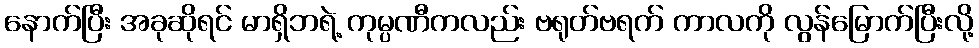
နောက်ပြီး အခုဆိုရင် မာရှိဘရဲ့ ကုမ္ပဏီကလည်း ဗရုတ်ဗရက် ကာလကို လွန်မြောက်ပြီးလို့